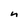
Character: n